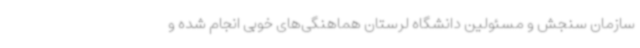
سازمان سنجش و مسئولین دانشگاه لرستان هماهنگی‌های خوبی انجام شده و